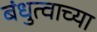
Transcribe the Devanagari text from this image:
बंधुत्वाच्या